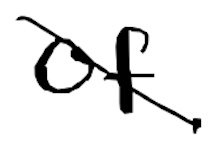
Text: of
Cross-out: mix
Writing tool: digital_black